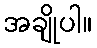
အချိုပါ။